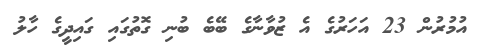
އުމުރުން 23 އަހަރުގެ އެ ޒުވާނާގެ ބޭބެ ބުނި ގޮތުގައި ގައިދީގެ ހާލު